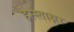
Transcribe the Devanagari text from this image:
हस्स्ताक्षर